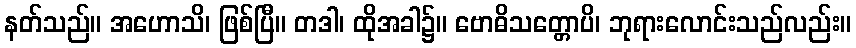
နတ်သည်။ အဟောသိ၊ ဖြစ်ပြီ။ တဒါ၊ ထိုအခါ၌။ ဗောဓိသတ္တောပိ၊ ဘုရားလောင်းသည်လည်း။